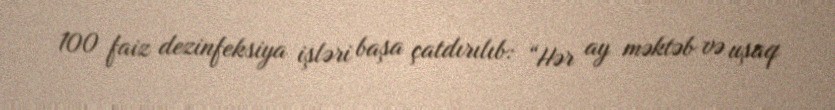
100 faiz dezinfeksiya işləri başa çatdırılıb: “Hər ay məktəb və uşaq